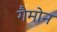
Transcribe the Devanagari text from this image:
गैमोन